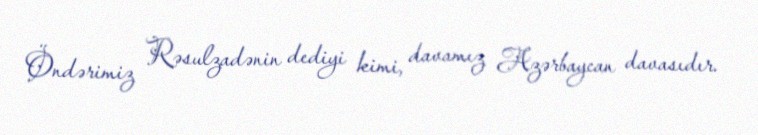
Öndərimiz Rəsulzadənin dediyi kimi, davamız Azərbaycan davasıdır.